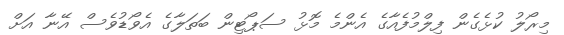
މިރޯލު ކުޅެގެން ފިލްމުފެއާގެ އެންމެ މޮޅު ސަޕޯޓިން ބަތަލާގެ އެވޯޑުވެސް އޭނާ އަށް